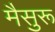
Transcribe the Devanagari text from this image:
मैसुरू